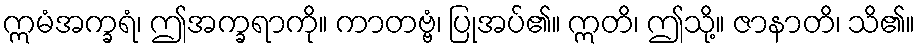
ဣမံအက္ခရံ၊ ဤအက္ခရာကို။ ကာတဗ္ဗံ၊ ပြုအပ်၏။ ဣတိ၊ ဤသို့။ ဇာနာတိ၊ သိ၏။